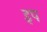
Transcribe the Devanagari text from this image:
इप